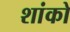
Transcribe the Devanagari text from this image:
शांको